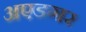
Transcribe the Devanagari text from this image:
अएडगर